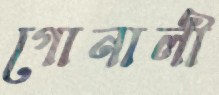
গোনালী